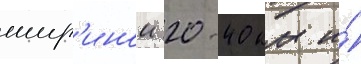
шир'инои 20-40 км и́